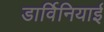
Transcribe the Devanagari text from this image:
डार्विनियाई